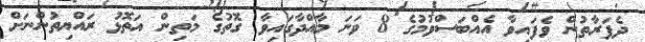
ދެފަރާތުން ވެފައިވާ އެއްބަސްވުމުގެ 8 ވަނަ މާއްދާގައިވާ ގޮތުގެ މަތިން އަތޮޅު ރައްޔިތުންނަށް